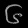
Digit: ၆